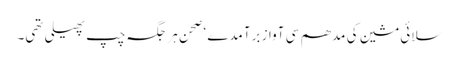
سلائی مشین کی مدھم سی آواز برآمدے ‘ صحن ہر جگہ چپ پھیلی تھی۔